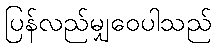
ပြန်လည်မျှဝေပါသည်